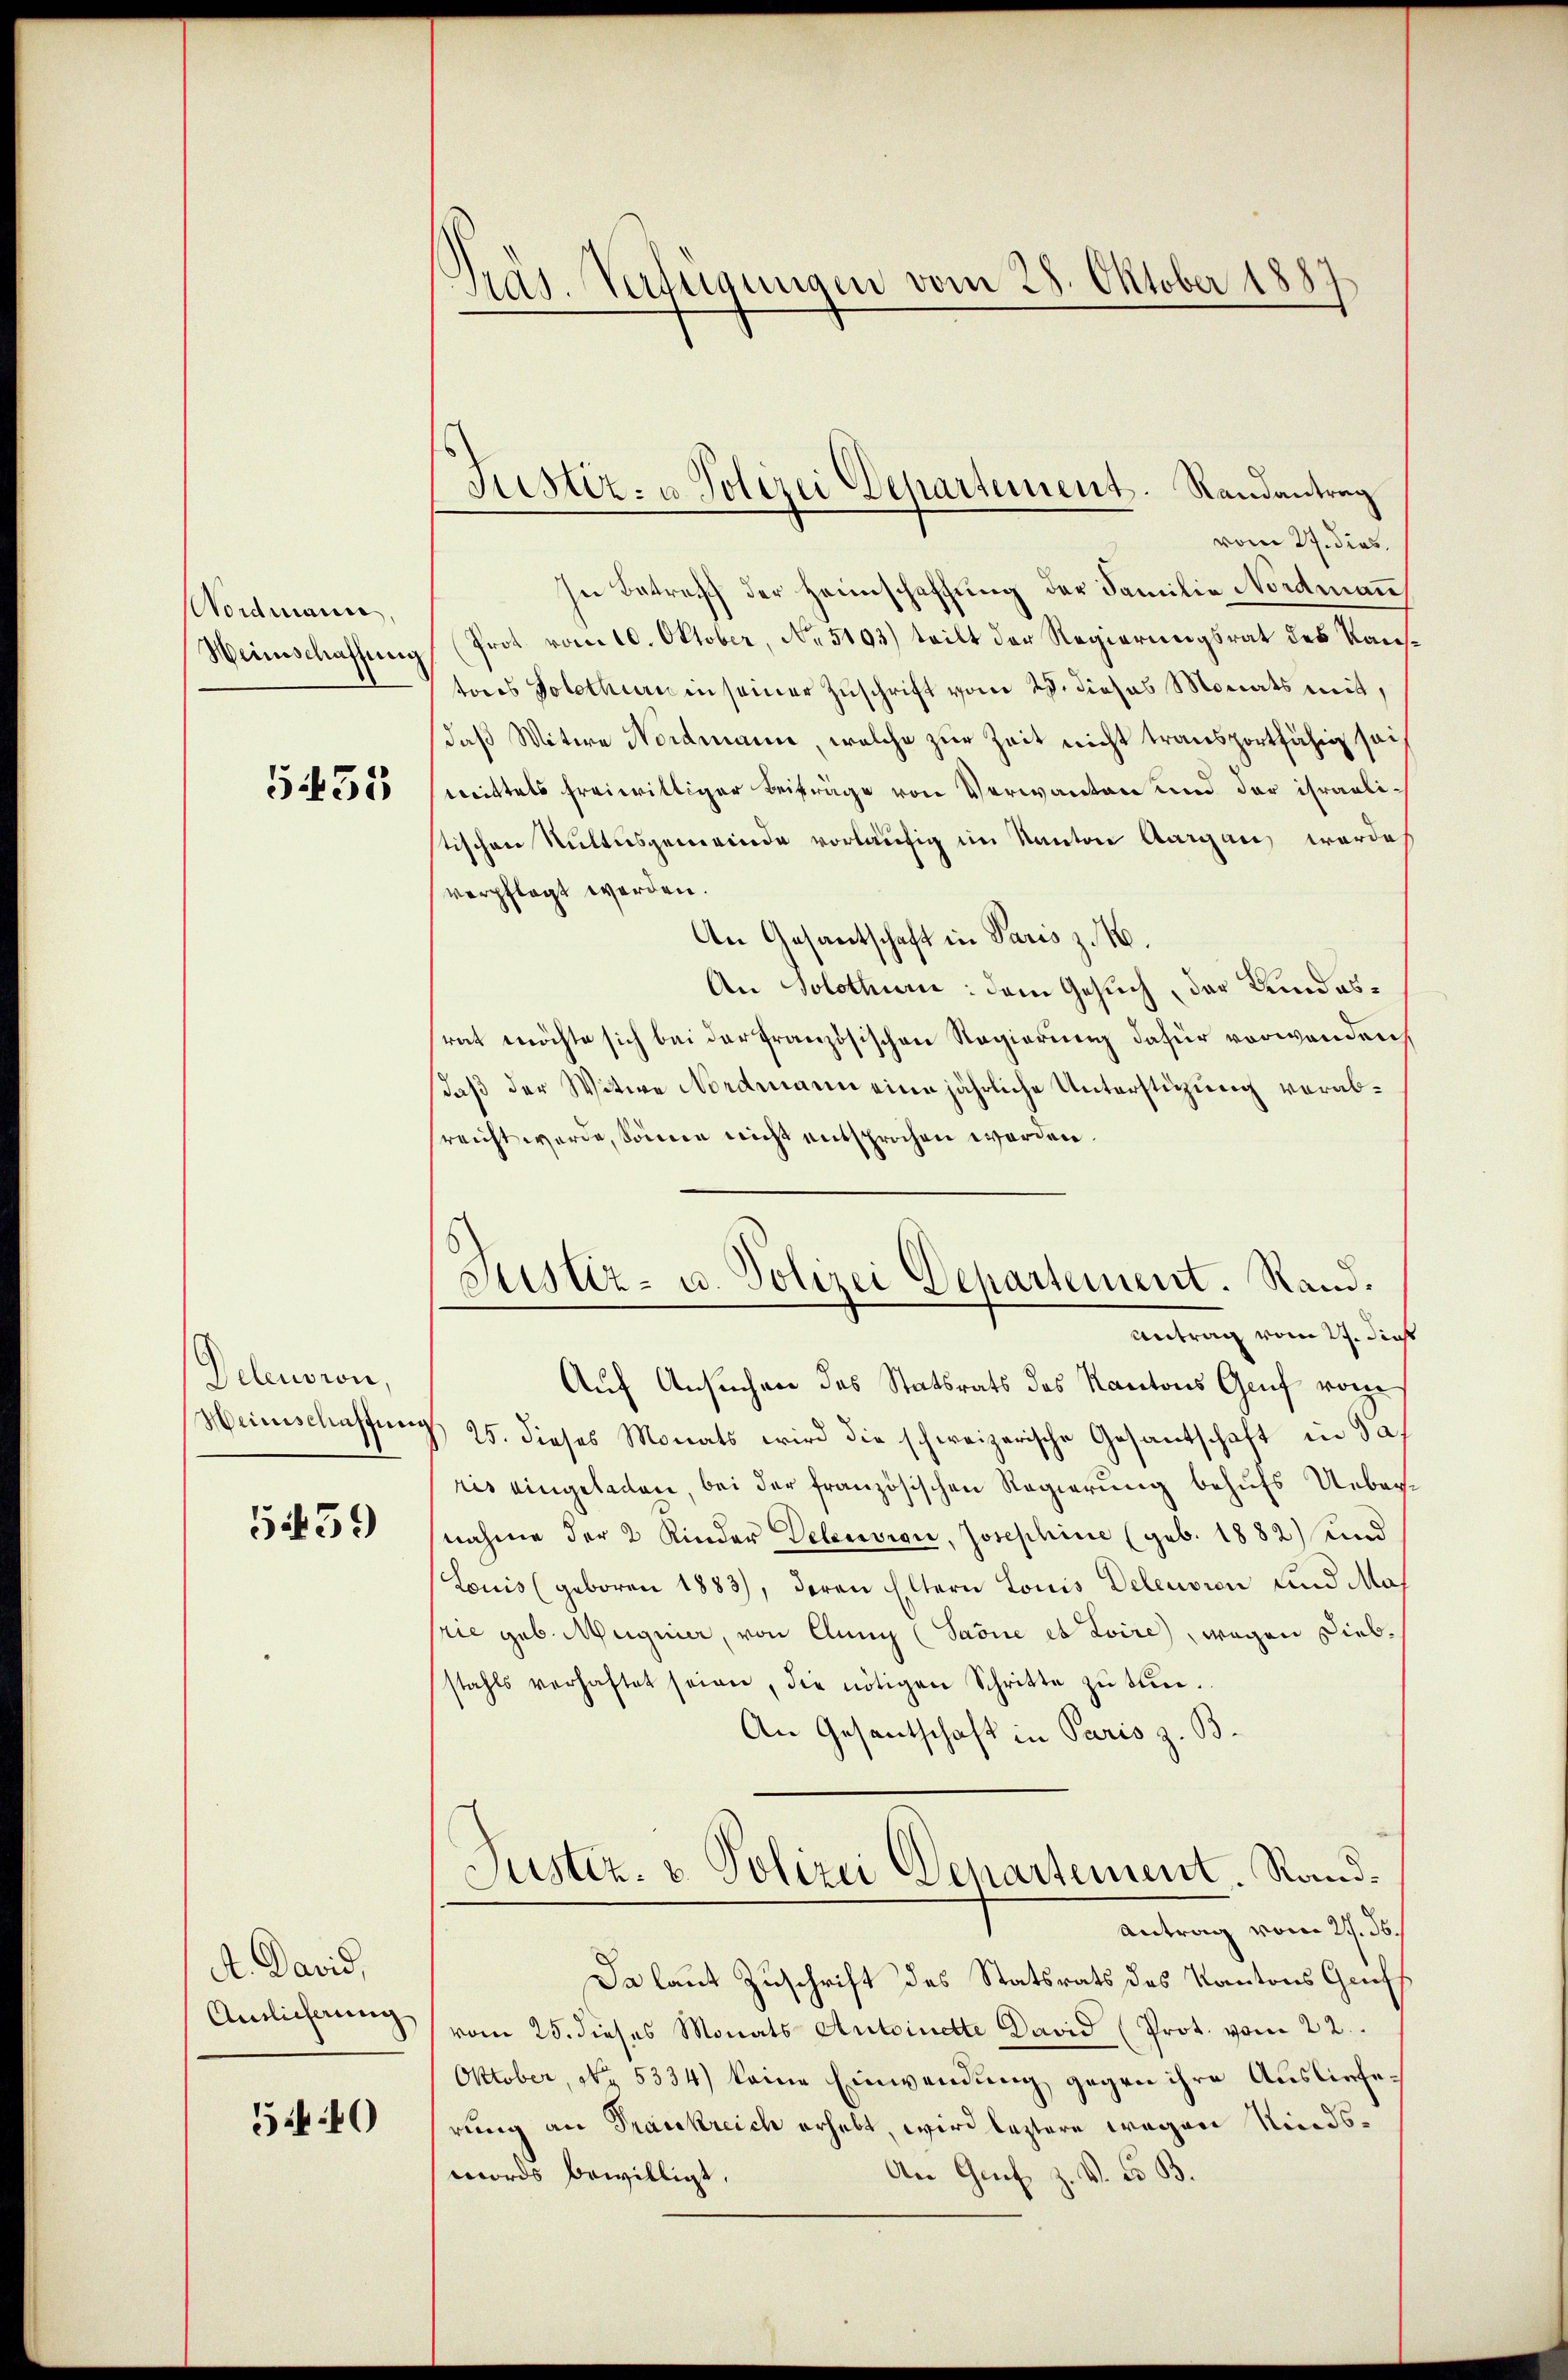
Nordmann,
Weinschaffung

G455

Detension,
Weinschaffung

539

A. David,
Amlicherung

540

Präs. Verfügungen vom 28. Oktober 1887

vom 27. dies
In Betreff der Heimschaffung der Familie Nordmann
Prot vom 10. Oktober, No 5103) teilt der Regierungsrat des Kaustores Solothurn in seiner Zuschrift vom 28. dieses Monats mit,
daß Witwe Nordmann, welche zur Zeit nicht transportfähig sei
wittels freiwilliger Beiträge von Verwanten und der israelitischen Suttesgemeinde vorläufig im Kanton Aargau werde
verpflegt werden.
An Gesantschaft in Paris z. B.
An Solothur: dem Gesuch, der Kundesrat möchte sich bei der französischen Regierung dafür verwenden,
daß der Witwe Nordmann eine jährliche Unterstüzung verabreicht werde, sonne nicht entsprochen worden.
Antrag vom 27. Dienst
Auf Ansuchen des Statsrats des Kantons Genf vom
25. dieses Monats wird die schweizerische Gesantschaft in das
ris eingeladen, bei der französischen Regierung behufs Uebernahme der 2 Kinder Delension, Josephine (geb. 1882) und
Louis (geboren 1883), deren Eltern Louis Delension und Mas
prie geb. Magnier, von Alung (Saone et toire, wegen Diebstahls verhaftet seien, die nötigen Schritte zŭ tun.
An Gesantschaft in Paris z. B.
Justiz- u. Polizei Departement, Rand¬
Antrag vom 27. d.
Da laut Zuschrift des Statsrats des Kantons Gruf
vom 25. dieses Monats Antoinette David (Prot. vom 22.
Oktober, No. 5334) keine Einwendung gegen ihre Auslieferung an Frankreich erhebt, wird leztere wegen Kinds¬
An Grif z. V. Co. B.
mords bewilligt,

Justiz- u. Polizei Departement. Randantrag

Justiz- u. Polizei Departement. Rand.